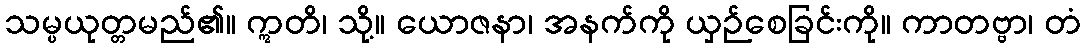
သမ္ပယုတ္တမည်၏။ ဣတိ၊ သို့။ ယောဇနာ၊ အနက်ကို ယှဉ်စေခြင်းကို။ ကာတဗ္ဗာ၊ တံ